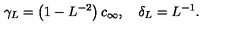
\gamma _ { L } = \left( 1 - L ^ { - 2 } \right) c _ { \infty } , \quad \delta _ { L } = L ^ { - 1 } .